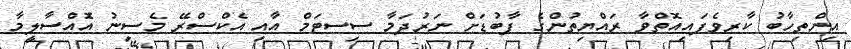
އިންތިހާބު ކާރިވެފައިއޮތްވާ ރައްޔިތުންގެ ފާބުޑަށް ނަރުދަމާ ސިސޓަމް އާއި އެކްސްރޭ މެސިނު އޮެއްސާލީމާ